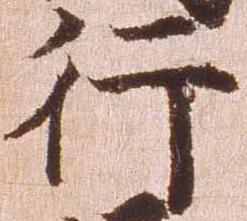
行